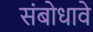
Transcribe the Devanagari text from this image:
संबोधावे